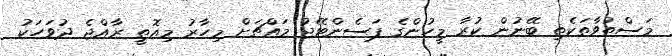
މަސްތުވާތަކެތި ބޭނުން ކުރާ މީހުންގެ ޕަސެންޓޭޖު މައްޗަށް މިހާރު މިއޮތީ ރާއްޖެ ދުވަހަކު